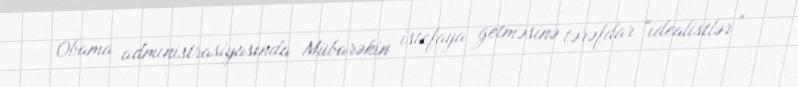
Obama administrasiyasında Mübarəkin istefaya getməsinə tərəfdar “idealistlər”